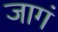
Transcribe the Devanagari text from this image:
जागं